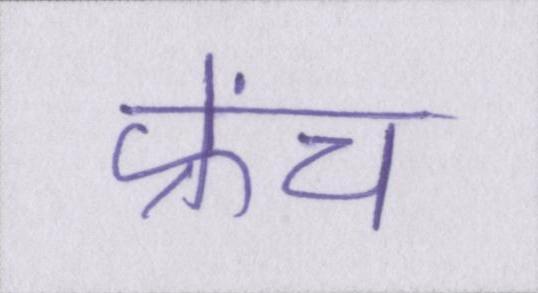
फ्रेंच